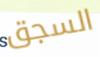
السجق